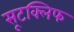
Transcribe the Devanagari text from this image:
सूटक्लिफ